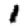
Digit: 1